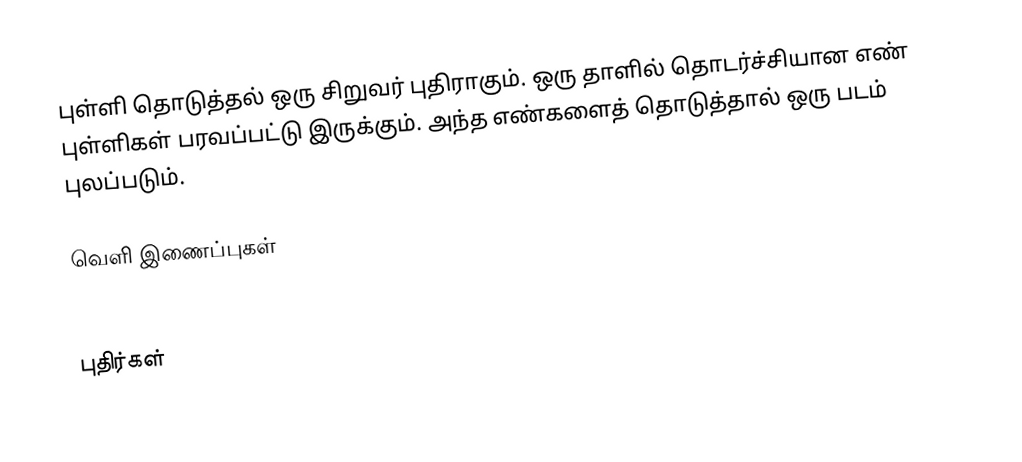
புள்ளி தொடுத்தல் ஒரு சிறுவர் புதிராகும்.  ஒரு தாளில் தொடர்ச்சியான எண் புள்ளிகள் பரவப்பட்டு இருக்கும்.  அந்த எண்களைத் தொடுத்தால் ஒரு படம் புலப்படும்.

வெளி இணைப்புகள்
picturedots.com   examples of dot to dot puzzles made from photos

புதிர்கள்